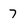
Character: 7